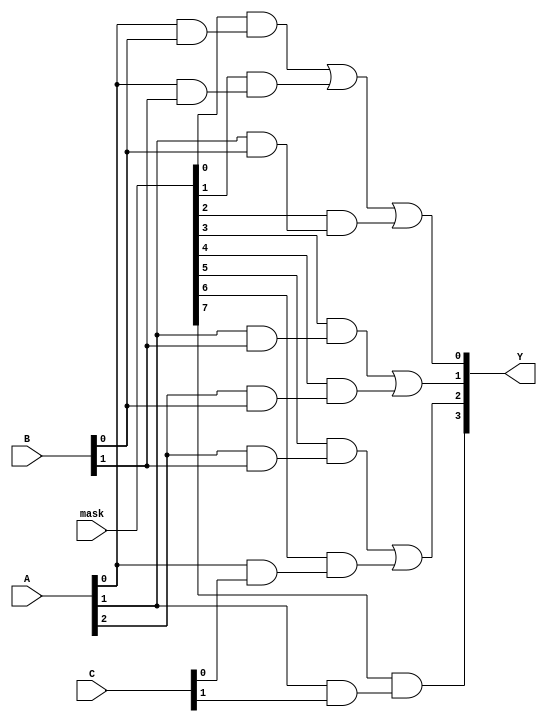
module MaskedPAL (
    input wire [2:0] A,      // Input signals (3 bits for example)
    input wire [2:0] B,      // Additional input signals (3 bits for example)
    input wire [2:0] C,      // Additional input signals (3 bits for example)
    input wire [7:0] mask,   // Masking signals for AND gates
    output wire [3:0] Y      // Output signals (4 outputs for example)
);

// Programmable AND array
wire [7:0] and_out; // Outputs from the AND gates

// AND gate implementations with masking
assign and_out[0] = (mask[0] & (A[0] & B[0])); // AND gate 0
assign and_out[1] = (mask[1] & (A[0] & B[1])); // AND gate 1
assign and_out[2] = (mask[2] & (A[1] & B[0])); // AND gate 2
assign and_out[3] = (mask[3] & (A[1] & B[1])); // AND gate 3
assign and_out[4] = (mask[4] & (A[2] & B[0])); // AND gate 4
assign and_out[5] = (mask[5] & (A[2] & B[1])); // AND gate 5
assign and_out[6] = (mask[6] & (A[0] & C[0])); // AND gate 6
assign and_out[7] = (mask[7] & (A[1] & C[1])); // AND gate 7

// Fixed OR array
assign Y[0] = and_out[0] | and_out[1] | and_out[2]; // OR gate 0
assign Y[1] = and_out[3] | and_out[4];               // OR gate 1
assign Y[2] = and_out[5] | and_out[6];               // OR gate 2
assign Y[3] = and_out[7];                            // OR gate 3

endmodule